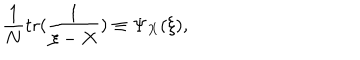
{ \frac { 1 } { N } } \mathrm { { t r } } ( { \frac { 1 } { \xi - X } } ) \equiv \Psi _ { X } ( \xi ) ,